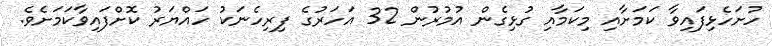
ހުށަހެޅިފައިވާ ކަމަށާއި މިކަމާއި ގުޅިގެން އުމުރުން 32 އަހަރުގެ ފިރިހެނަކު ހައްޔަރު ކޮށްފައިވާކަމަށެވެ.